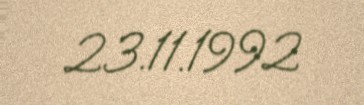
23.11.1992